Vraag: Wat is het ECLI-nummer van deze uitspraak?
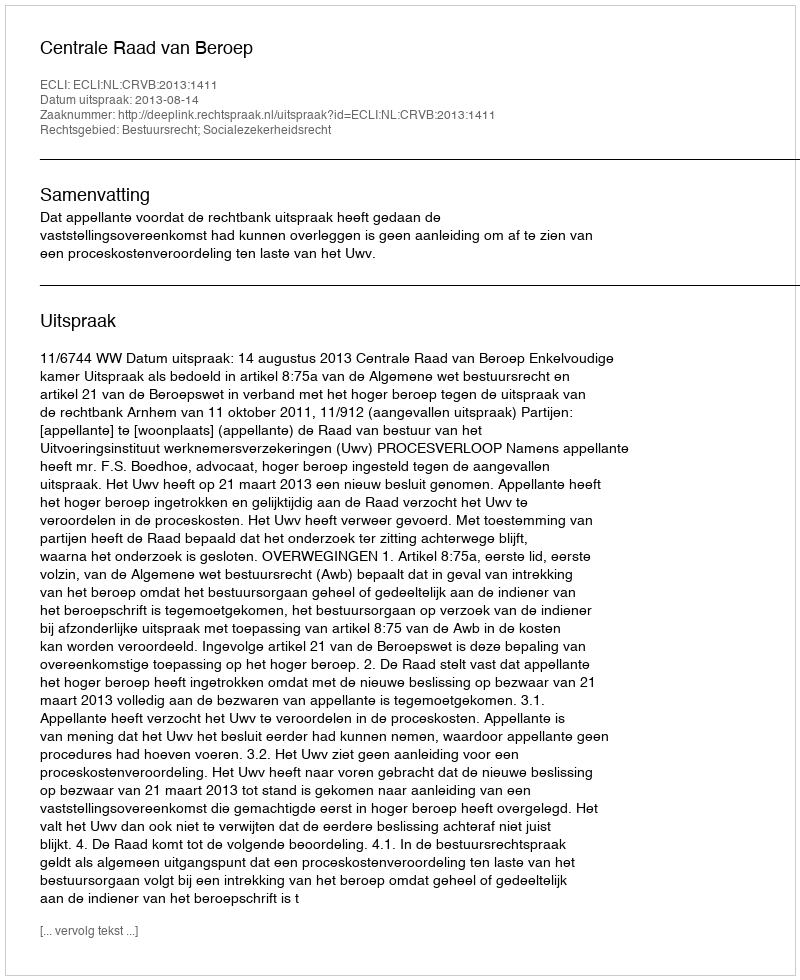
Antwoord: ECLI:NL:CRVB:2013:1411